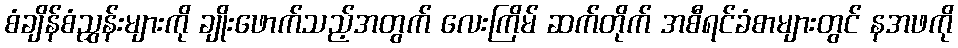
စံချိန်စံညွှန်းများကို ချိုးဖောက်သည့်အတွက် လေးကြိမ် ဆက်တိုက် အစီရင်ခံစာများတွင် နအဖကို